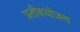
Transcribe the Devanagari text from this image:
प्रतीकयोजना